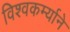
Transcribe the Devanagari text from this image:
विश्वकर्म्याने